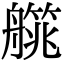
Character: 艞